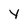
Character: Y